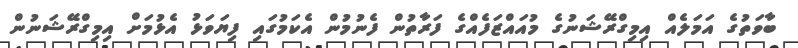
ބާވަތުގެ އަމަލެއް އިމިގްރޭޝަނުގެ މުއައްޒަފެއްގެ ފަރާތުން ފެނުމުން އެކަމުގައި ފިޔަވަޅު އެޅުމަށް އިމިގްރޭޝަނުން